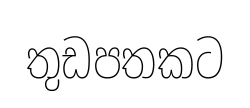
තුඩපතකට